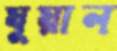
যুয়ান